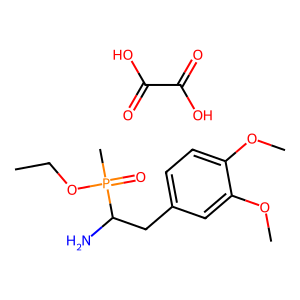
SMILES: CCOP(C)(=O)C(N)Cc1ccc(OC)c(OC)c1.O=C(O)C(=O)O
Inhibits HIV replication: No